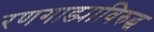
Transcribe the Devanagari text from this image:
रणगाड्याविरुद्ध